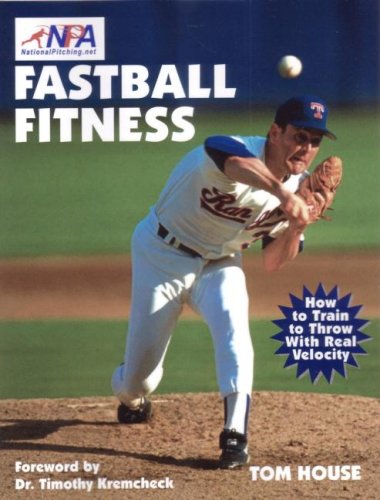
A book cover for Fastball Fitness: The Art and Science of Training to Throw With Real Velocity; Tom House; Sports & Outdoors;